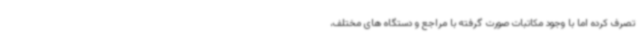
تصرف کرده اما با وجود مکاتبات صورت گرفته با مراجع و دستگاه های مختلف،